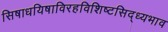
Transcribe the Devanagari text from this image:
सिषाधयिषाविरहविशिष्टसिद्ध्यभाव